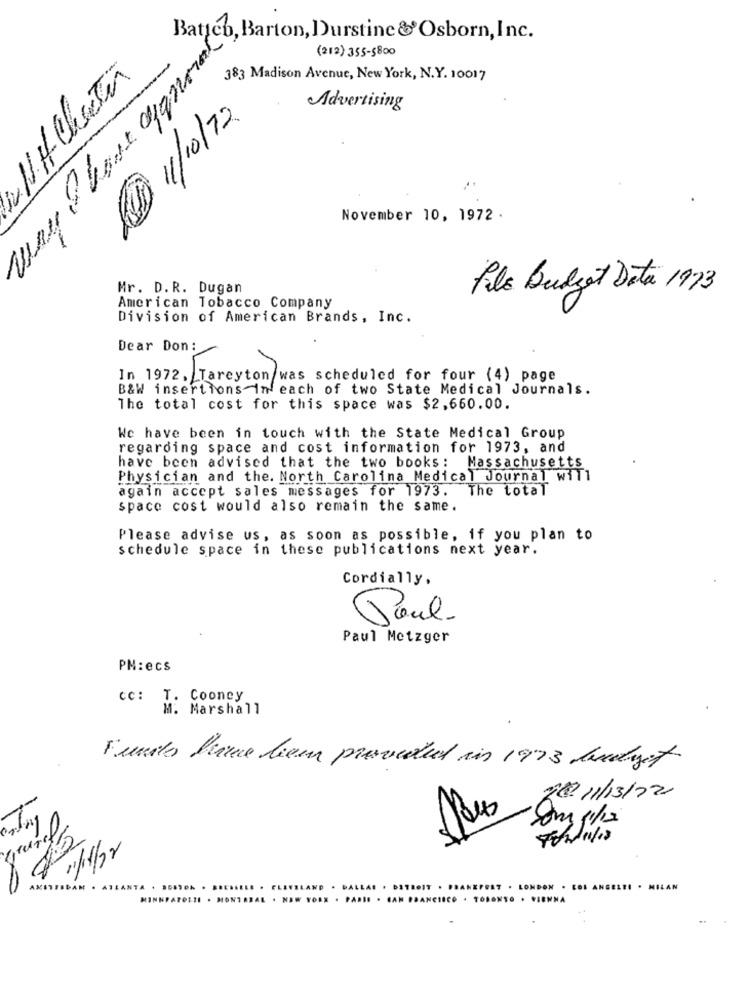
Batteb, Barton, Durstine &Osborn, Inc.
Q hore agnone
-
(212) 355-6800
NHCheTi
383 Madison Avenue, New York, N.Y. 10017
11/10/72.
Advertising
November 10, 1972 .
Mr. D.R. Dugan
Pilo Budget Data 1973
American Tobacco Company
Division of American Brands, Inc.
Dear Don :
In 1972, Tareyton was scheduled for four (4) page
B&W insertions-in each of two State Medical Journals.
[overton :
The total cost for this space was $2,660.00.
We have been in touch with the State Medical Group
regarding space and cost information for 1973, and
have been advised that the two books: Massachusetts
Physician and the. North Carolina Medical Journal WIT1
again accept sales messages for 1973. The total
space cost would also remain the same.
Please advise us, as soon as possible. if you plan to
schedule space in these publications next year.
Cordially,
Paul.
Paul Metzger
PM:ecs
cc: T. Cooney
M. Marshall
Funds France been provided in 1973 landyet.
20 11/13/22
Rus
8.
MILAN
MIN